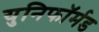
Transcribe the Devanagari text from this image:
युनिफॉर्मड